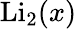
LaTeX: \operatorname{Li}_{2}(x)